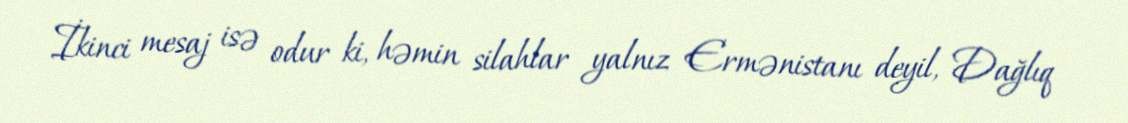
İkinci mesaj isə odur ki, həmin silahlar yalnız Ermənistanı deyil, Dağlıq